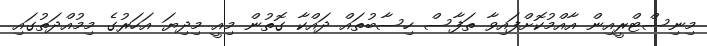
މިނިސްޓްރީއިން އާއްމުކޮށްފައިވާ ތަފާސް ހިސާބުތައް ދައްކާ ގޮތުން މިއީ މިދިޔަ އަހަރުގެ މިމުއްދަތުގައި